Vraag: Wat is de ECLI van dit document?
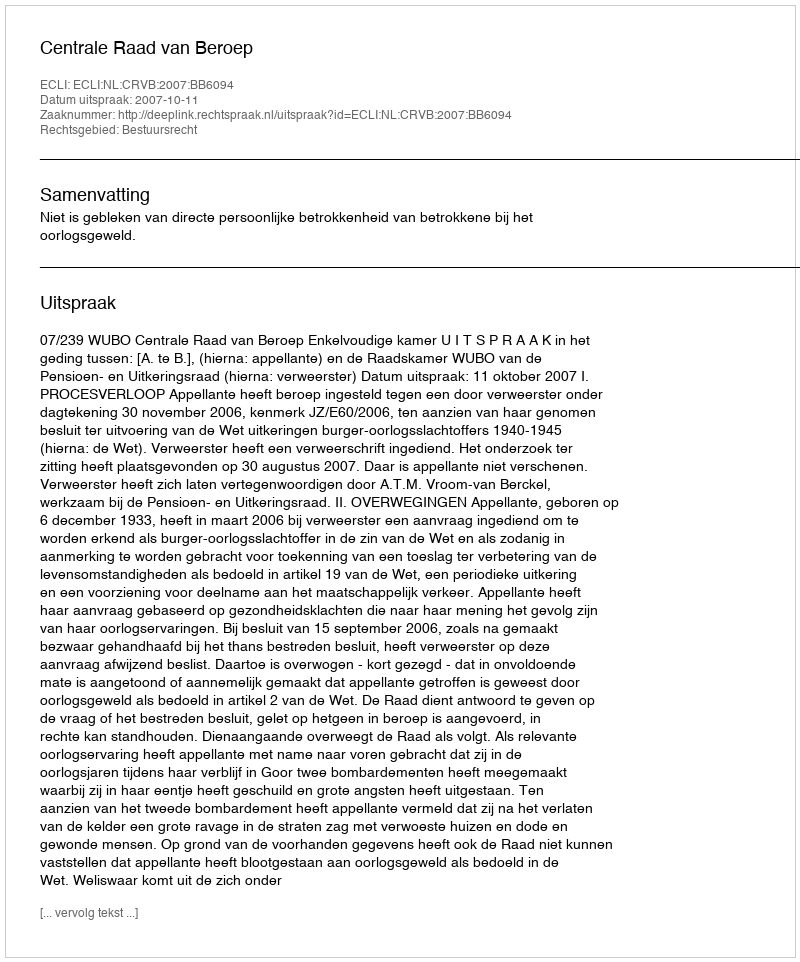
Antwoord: ECLI:NL:CRVB:2007:BB6094